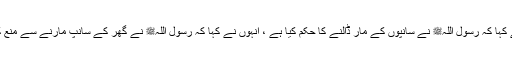
میں نے کہا کہ رسول اللہﷺ نے سانپوں کے مار ڈالنے کا حکم کیا ہے ، انہوں نے کہا کہ رسول اللہﷺ نے گھر کے سانپ مارنے سے منع کیا ہے۔